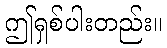
ဤရှစ်ပါးတည်း။